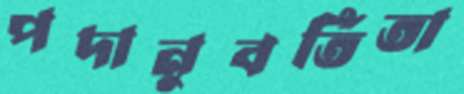
পদানুবর্তিতা